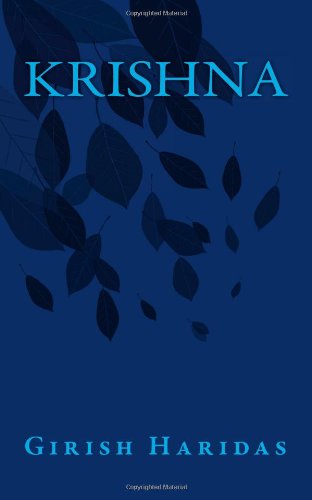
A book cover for Krishna; Girish Haridas; Children's Books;